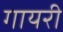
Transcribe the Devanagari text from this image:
गायरी